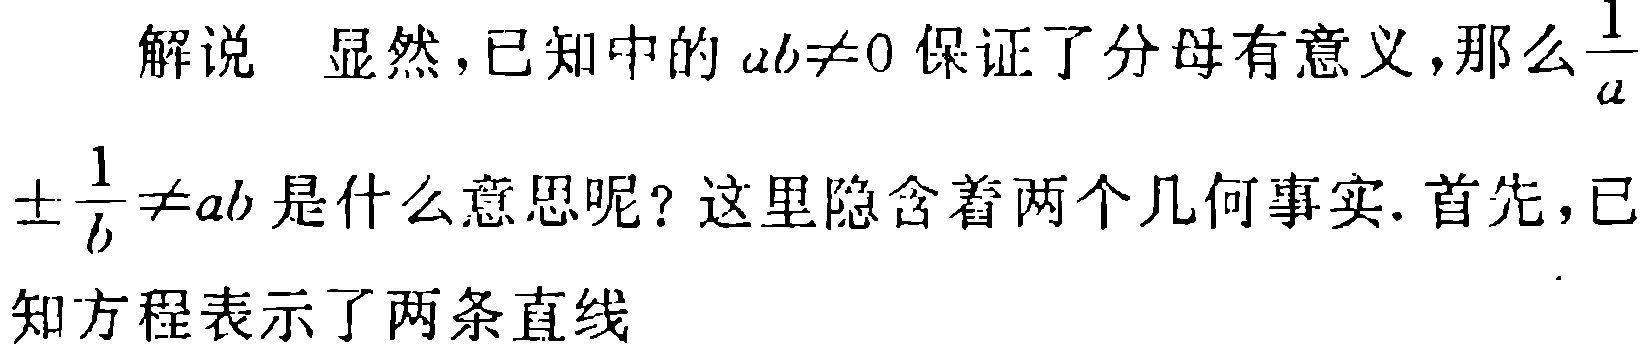
解说 显然，已知中的 \(ab\neq0\) 保证了分母有意义，那么\(\frac{1}{a}\)

\(\pm\frac{1}{b}\neq ab\)是什么意思呢？这里隐含着两个几何事实. 首先，已

知方程表示了两条直线